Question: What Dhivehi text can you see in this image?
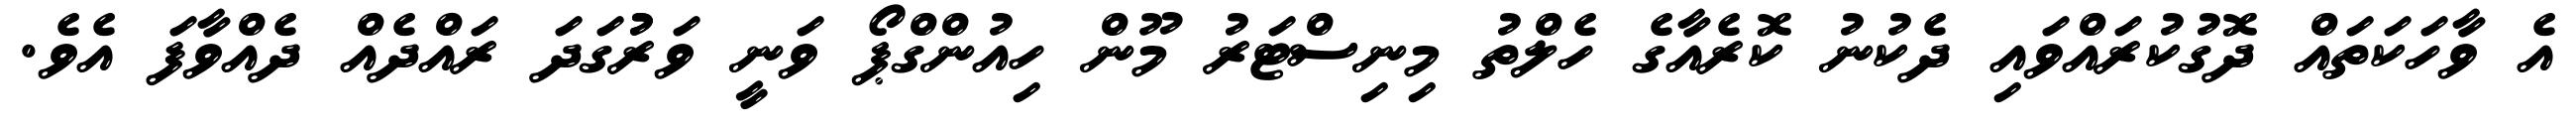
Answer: އެ ވާހަކަތައް ދޮގުކުރައްވައި ދެކުނު ކޮރެއާގެ ހެލްތު މިނިސްޓަރު މޫން ހިއުންގްޕޯ ވަނީ ވަރުުގަދަ ރައްދެއް ދެއްވާފަ އެވެ.